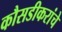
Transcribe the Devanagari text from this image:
कौसडीकरांचे